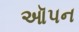
ઑપન